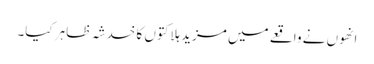
انھوں نے واقعے میں مزید ہلاکتوں کا خدشہ ظاہر کیا۔